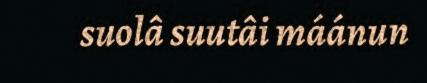
suolâ suutâi máánun